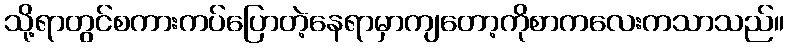
သို့ရာတွင်စကားကပ်ပြောတဲ့နေရာမှာကျတော့ကိုစာကလေးကသာသည်။